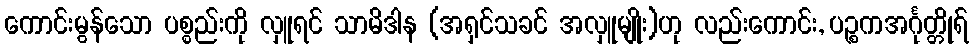
ကောင်းမွန်သော ပစ္စည်းကို လှူရင် သာမိဒါန (အရှင်သခင် အလှူမျိုး)ဟု လည်းကောင်း, ပဉ္စကအင်္ဂုတ္တိုရ်